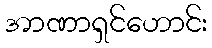
အာဏာရှင်ဟောင်း